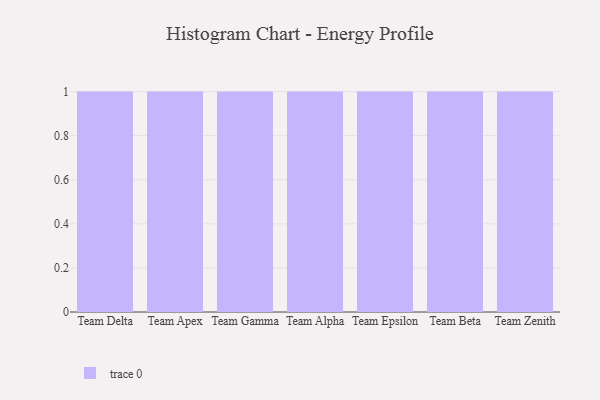
{"axis": {"x": "Team", "y": "Conversion Rate (%)"}, "legend": [""], "data": [{"x": "Team Delta", "y": 79, "type": ""}, {"x": "Team Apex", "y": 94, "type": ""}, {"x": "Team Gamma", "y": 61, "type": ""}, {"x": "Team Alpha", "y": 57, "type": ""}, {"x": "Team Epsilon", "y": 98, "type": ""}, {"x": "Team Beta", "y": 46, "type": ""}, {"x": "Team Zenith", "y": 90, "type": ""}]}